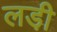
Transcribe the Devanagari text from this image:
लडी़